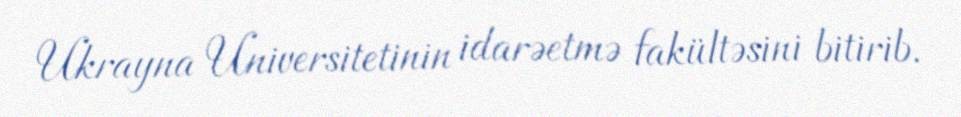
Ukrayna Universitetinin idarəetmə fakültəsini bitirib.